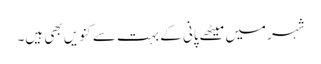
شہر میں میٹھے پانی کے بہت سے کنویں بھی ہیں۔